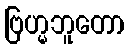
ဗြဟ္မဘူတော